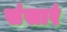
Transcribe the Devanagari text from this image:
संसारं